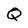
Character: Q